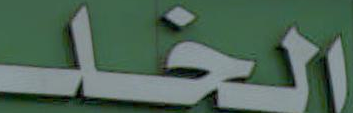
الخلـ